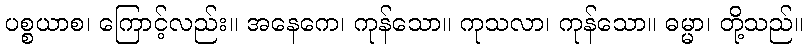
ပစ္စယာစ၊ ကြောင့်လည်း။ အနေကေ၊ ကုန်သော။ ကုသလာ၊ ကုန်သော။ ဓမ္မာ၊ တို့သည်။